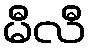
မီလီ